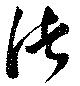
渚